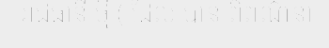
រាជធានី ថ្មី ( ដែល បាន ពិពណ៌នា